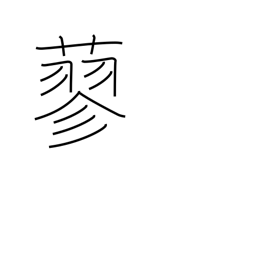
Meaning: a smartweed